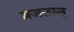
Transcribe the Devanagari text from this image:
व्रजलाल्